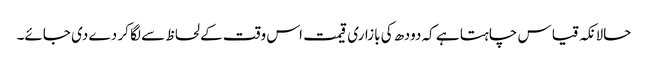
حالانکہ قیاس چاہتا ہے کہ دودھ کی بازاری قیمت اس وقت کے لحاظ سے لگا کر دے دی جائے۔